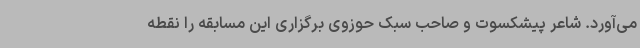
می‌آورد. شاعر پیشکسوت و صاحب سبک حوزوی برگزاری این مسابقه را نقطه